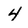
Character: 4